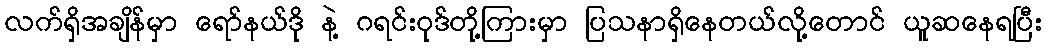
လက်ရှိအချိန်မှာ ရော်နယ်ဒို နဲ့ ဂရင်းဝုဒ်တို့ကြားမှာ ပြသနာရှိနေတယ်လို့တောင် ယူဆနေရပြီး